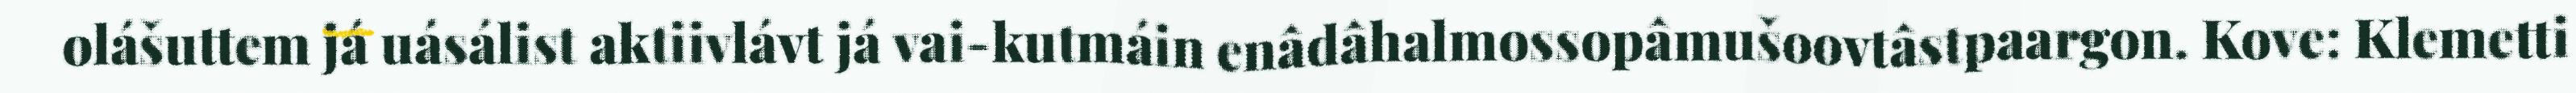
olášuttem já uásálist aktiivlávt já vai-kutmáin enâdâhalmossopâmušoovtâstpaargon. Kove: Klemetti